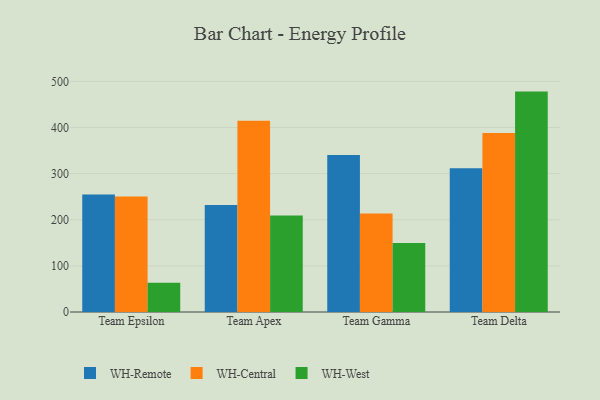
{"axis": {"x": "Team", "y": "LTV (USD)"}, "legend": ["WH-Central", "WH-Remote", "WH-West"], "data": [{"x": "Team Epsilon", "y": 254.6, "type": "WH-Remote"}, {"x": "Team Epsilon", "y": 250.4, "type": "WH-Central"}, {"x": "Team Epsilon", "y": 63.5, "type": "WH-West"}, {"x": "Team Apex", "y": 232.0, "type": "WH-Remote"}, {"x": "Team Apex", "y": 414.4, "type": "WH-Central"}, {"x": "Team Apex", "y": 209.1, "type": "WH-West"}, {"x": "Team Gamma", "y": 340.6, "type": "WH-Remote"}, {"x": "Team Gamma", "y": 213.6, "type": "WH-Central"}, {"x": "Team Gamma", "y": 149.8, "type": "WH-West"}, {"x": "Team Delta", "y": 311.7, "type": "WH-Remote"}, {"x": "Team Delta", "y": 388.0, "type": "WH-Central"}, {"x": "Team Delta", "y": 477.8, "type": "WH-West"}]}